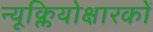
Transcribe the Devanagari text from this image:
न्यूक्लियोक्षारकों